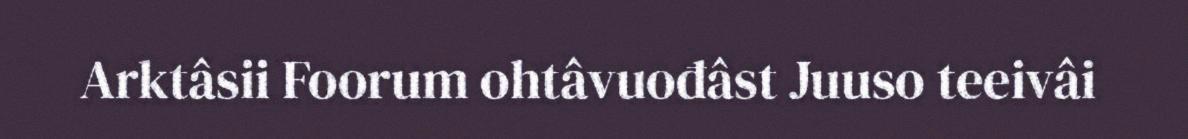
Arktâsii Foorum ohtâvuođâst Juuso teeivâi